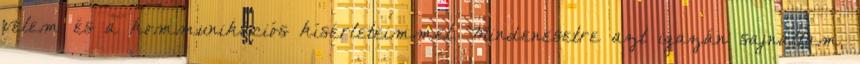
velem és a kommunikációs kísérleteimmel. Mindenesetre azt igazán sajnáltam,